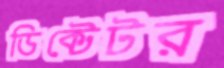
ডিক্টেটর